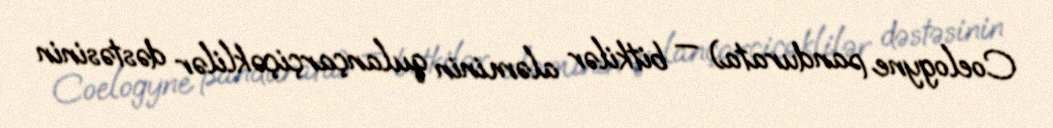
Coelogyne pandurata) — bitkilər aləminin qulançarçiçəklilər dəstəsinin